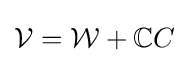
{\mathcal {V}}={\mathcal {W}}+\mathbb {C} C